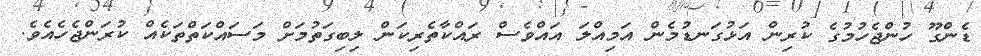
ޑެންގޫ ހުންޖެހުމުގެ ކުރިން އަޅުގަނޑުމެން އަމިއްލަ އައްވެސް ރައްކާތެރިކަން ލިބިގަތުމަށް މަސައްކަތްތަކެއް ކުރަންޖެހެއެވެ.